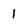
Character: 1